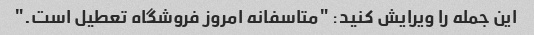
این جمله را ویرایش کنید: "متاسفانه امروز فروشگاه تعطیل است."